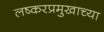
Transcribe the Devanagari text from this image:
लष्करप्रमुखाच्या